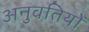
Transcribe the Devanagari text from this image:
अनुवतियों